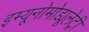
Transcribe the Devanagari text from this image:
इम्यूनोमोड्यूलेट्री